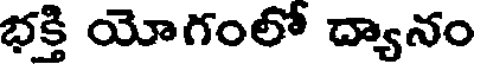
భక్తి యోగంలో ద్యానం